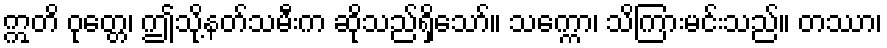
ဣတိ ဝုတ္တေ၊ ဤသို့နတ်သမီးက ဆိုသည်ရှိသော်။ သက္ကော၊ သိကြားမင်းသည်။ တဿာ၊